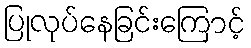
ပြုလုပ်နေခြင်းကြောင့်